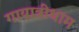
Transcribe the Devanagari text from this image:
गायात्रीधाम